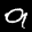
Label: 9